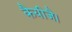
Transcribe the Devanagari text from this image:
कैयीजै।